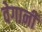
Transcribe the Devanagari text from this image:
वेगानी